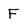
Character: F